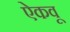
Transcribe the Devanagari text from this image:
ऐकवू